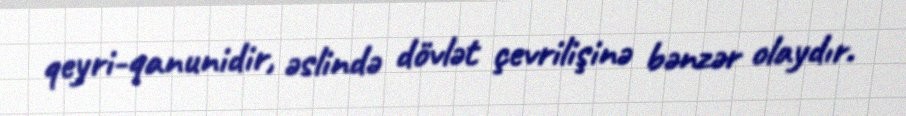
qeyri-qanunidir, əslində dövlət çevrilişinə bənzər olaydır.